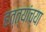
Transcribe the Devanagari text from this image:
हत्त्यांच्या